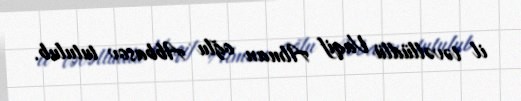
il təvəllüdlü Vaqif Alman oğlu Abbasov tutulub.